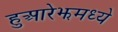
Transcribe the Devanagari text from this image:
हुआरेझमध्ये